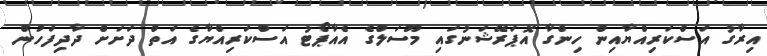
އިރާގު އަސްކަރިއްޔާއިން ހިންގާ އޮޕަރޭޝަނުގައި މޫސަލްގެ އެއާޕޯޓު އަސްކަރިއްޔާގެ އަތް ދަށަށް ދާދިފަހުން